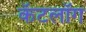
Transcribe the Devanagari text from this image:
कॅटलॉग